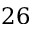
2 6